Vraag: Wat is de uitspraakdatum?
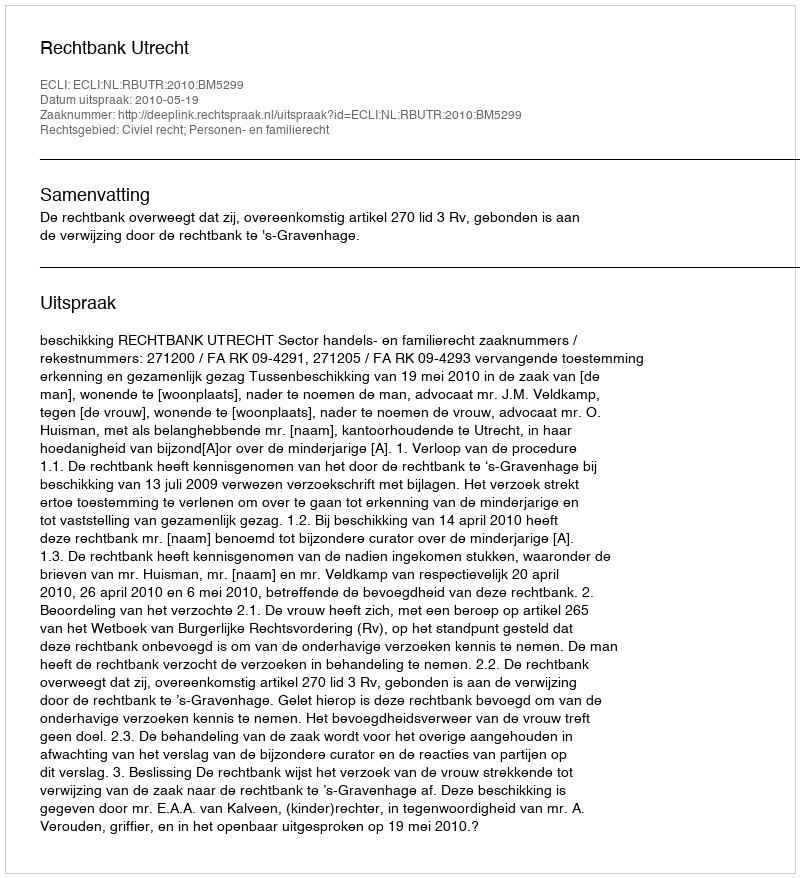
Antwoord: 2010-05-19